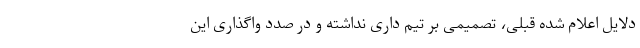
دلایل اعلام شده قبلی، تصمیمی بر تیم داری نداشته و در صدد واگذاری این